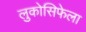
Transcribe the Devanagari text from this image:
लुकोसिफेला